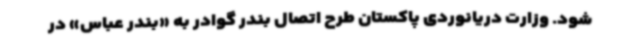
شود. وزارت دریانوردی پاکستان طرح اتصال بندر گوادر به «بندر عباس» در